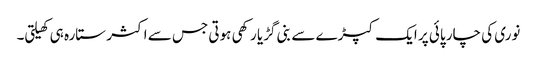
نوری کی چار پائی پر ایک کپڑے سے بنی گڑیا رکھی ہوتی جس سے اکثر ستارہ ہی کھیلتی۔